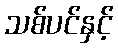
သစ်ပင်နှင့်